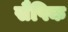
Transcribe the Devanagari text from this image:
सैपिक